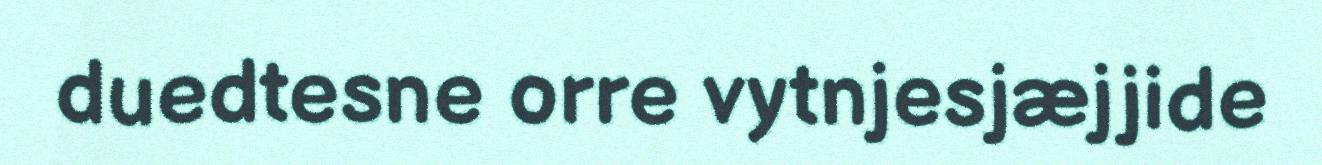
duedtesne orre vytnjesjæjjide